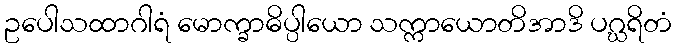
ဥပေါသထာဂါရံ မောက္ခာဓိပ္ပါယော သက္ကာယောတိအာဒိ ပဂ္ဃရိတံ